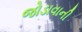
જોડાવાની